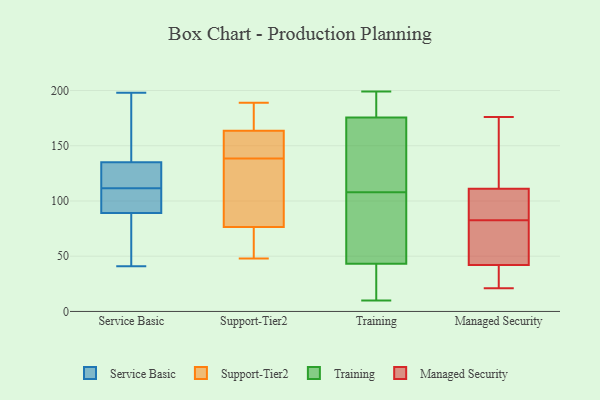
{"axis": {"x": "Churn Rate (%)", "y": "Value"}, "legend": ["Managed Security", "Service Basic", "Support-Tier2", "Training"], "data": [{"x": "", "y": 56, "type": "Service Basic"}, {"x": "", "y": 123, "type": "Service Basic"}, {"x": "", "y": 44, "type": "Service Basic"}, {"x": "", "y": 109, "type": "Service Basic"}, {"x": "", "y": 95, "type": "Service Basic"}, {"x": "", "y": 151, "type": "Service Basic"}, {"x": "", "y": 114, "type": "Service Basic"}, {"x": "", "y": 92, "type": "Service Basic"}, {"x": "", "y": 198, "type": "Service Basic"}, {"x": "", "y": 120, "type": "Service Basic"}, {"x": "", "y": 41, "type": "Service Basic"}, {"x": "", "y": 102, "type": "Service Basic"}, {"x": "", "y": 86, "type": "Service Basic"}, {"x": "", "y": 135, "type": "Service Basic"}, {"x": "", "y": 138, "type": "Service Basic"}, {"x": "", "y": 135, "type": "Service Basic"}, {"x": "", "y": 132, "type": "Support-Tier2"}, {"x": "", "y": 145, "type": "Support-Tier2"}, {"x": "", "y": 85, "type": "Support-Tier2"}, {"x": "", "y": 72, "type": "Support-Tier2"}, {"x": "", "y": 171, "type": "Support-Tier2"}, {"x": "", "y": 156, "type": "Support-Tier2"}, {"x": "", "y": 48, "type": "Support-Tier2"}, {"x": "", "y": 74, "type": "Support-Tier2"}, {"x": "", "y": 189, "type": "Support-Tier2"}, {"x": "", "y": 149, "type": "Support-Tier2"}, {"x": "", "y": 79, "type": "Support-Tier2"}, {"x": "", "y": 180, "type": "Support-Tier2"}, {"x": "", "y": 174, "type": "Training"}, {"x": "", "y": 178, "type": "Training"}, {"x": "", "y": 75, "type": "Training"}, {"x": "", "y": 11, "type": "Training"}, {"x": "", "y": 128, "type": "Training"}, {"x": "", "y": 198, "type": "Training"}, {"x": "", "y": 10, "type": "Training"}, {"x": "", "y": 70, "type": "Training"}, {"x": "", "y": 199, "type": "Training"}, {"x": "", "y": 41, "type": "Training"}, {"x": "", "y": 146, "type": "Training"}, {"x": "", "y": 160, "type": "Training"}, {"x": "", "y": 50, "type": "Training"}, {"x": "", "y": 176, "type": "Training"}, {"x": "", "y": 58, "type": "Training"}, {"x": "", "y": 15, "type": "Training"}, {"x": "", "y": 178, "type": "Training"}, {"x": "", "y": 37, "type": "Training"}, {"x": "", "y": 108, "type": "Training"}, {"x": "", "y": 94, "type": "Managed Security"}, {"x": "", "y": 85, "type": "Managed Security"}, {"x": "", "y": 30, "type": "Managed Security"}, {"x": "", "y": 42, "type": "Managed Security"}, {"x": "", "y": 80, "type": "Managed Security"}, {"x": "", "y": 67, "type": "Managed Security"}, {"x": "", "y": 130, "type": "Managed Security"}, {"x": "", "y": 96, "type": "Managed Security"}, {"x": "", "y": 57, "type": "Managed Security"}, {"x": "", "y": 25, "type": "Managed Security"}, {"x": "", "y": 149, "type": "Managed Security"}, {"x": "", "y": 176, "type": "Managed Security"}, {"x": "", "y": 111, "type": "Managed Security"}, {"x": "", "y": 21, "type": "Managed Security"}]}